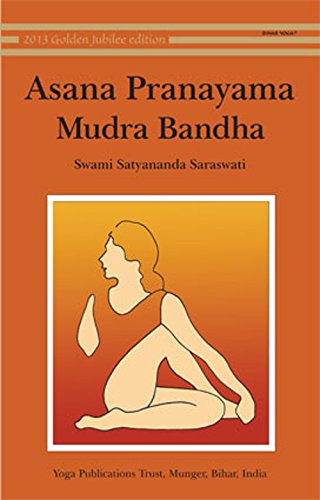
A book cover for Asana Pranayama Mudra Bandha/2008 Fourth Revised Edition; Swami Satyananda Saraswati; Religion & Spirituality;